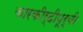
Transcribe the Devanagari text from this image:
कारकीर्दीपूर्वी